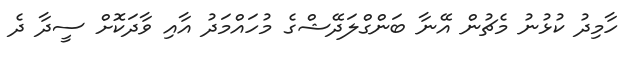
ހާމިދު ކުޅުނު މެޗުން އޭނާ ބަންގްލަދޭޝްގެ މުހައްމަދު އާއި ވާދަކޮށް ސީދާ ދެ